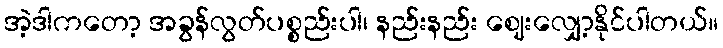
အဲ့ဒါကတော့ အခွန်လွတ်ပစ္စည်းပါ၊ နည်းနည်း ဈေးလျှော့နိုင်ပါတယ်။